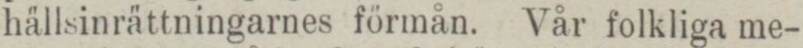
hällsinrättningarnes förmån. Vår folkliga me-